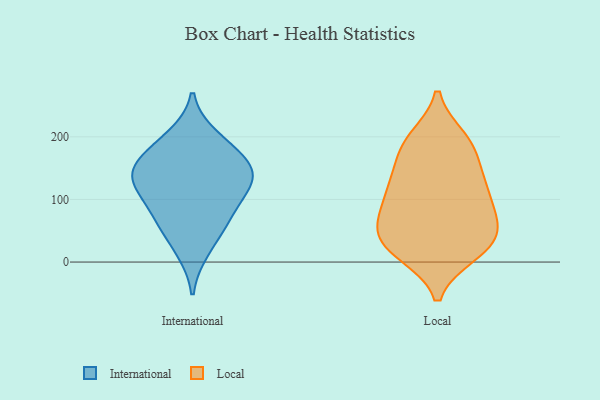
{"axis": {"x": "Revenue (USD Million)", "y": "Value"}, "legend": ["International", "Local"], "data": [{"x": "", "y": 185, "type": "International"}, {"x": "", "y": 134, "type": "International"}, {"x": "", "y": 89, "type": "International"}, {"x": "", "y": 18, "type": "International"}, {"x": "", "y": 160, "type": "International"}, {"x": "", "y": 117, "type": "International"}, {"x": "", "y": 123, "type": "International"}, {"x": "", "y": 62, "type": "International"}, {"x": "", "y": 151, "type": "International"}, {"x": "", "y": 144, "type": "International"}, {"x": "", "y": 63, "type": "International"}, {"x": "", "y": 200, "type": "International"}, {"x": "", "y": 19, "type": "Local"}, {"x": "", "y": 16, "type": "Local"}, {"x": "", "y": 134, "type": "Local"}, {"x": "", "y": 40, "type": "Local"}, {"x": "", "y": 120, "type": "Local"}, {"x": "", "y": 65, "type": "Local"}, {"x": "", "y": 89, "type": "Local"}, {"x": "", "y": 186, "type": "Local"}, {"x": "", "y": 38, "type": "Local"}, {"x": "", "y": 121, "type": "Local"}, {"x": "", "y": 77, "type": "Local"}, {"x": "", "y": 126, "type": "Local"}, {"x": "", "y": 193, "type": "Local"}, {"x": "", "y": 197, "type": "Local"}, {"x": "", "y": 71, "type": "Local"}, {"x": "", "y": 14, "type": "Local"}, {"x": "", "y": 174, "type": "Local"}, {"x": "", "y": 39, "type": "Local"}]}